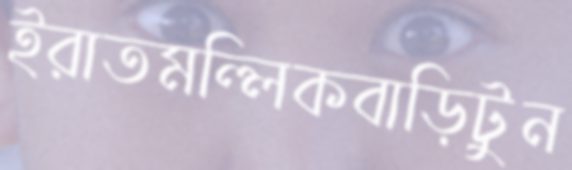
ইরাতমল্লিকবাড়িটুন